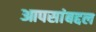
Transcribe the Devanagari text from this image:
आपसांबद्दल